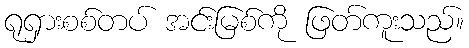
ရုရှားစစ်တပ် အင်းမြစ်ကို ဖြတ်ကူးသည်။